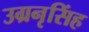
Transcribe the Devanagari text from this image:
उग्रनृसिंह